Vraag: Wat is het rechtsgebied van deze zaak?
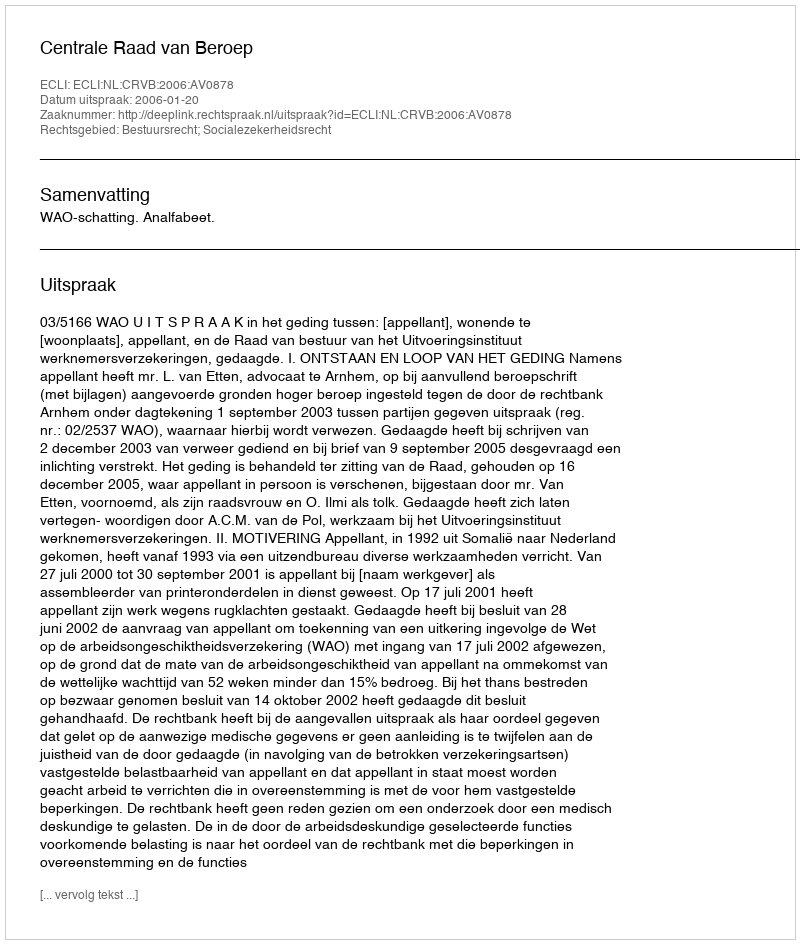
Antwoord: Bestuursrecht; Socialezekerheidsrecht